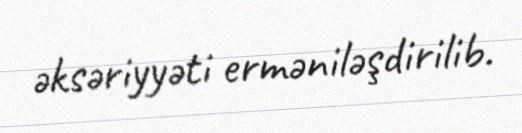
əksəriyyəti erməniləşdirilib.